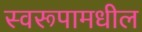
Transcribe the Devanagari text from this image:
स्वरूपामधील